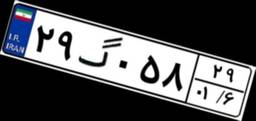
۲۷گ۷۸۶۱۳